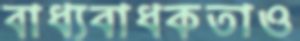
বাধ্যবাধকতাও